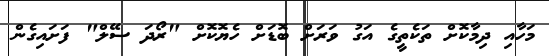
މަހާއި ދިމާކޮށް ތަކެތީގެ އަގު ވަރަށް ބޮޑަށް ހެޔޮކޮށް "ރޯދަ ސޭލް" ފަށައިގެން